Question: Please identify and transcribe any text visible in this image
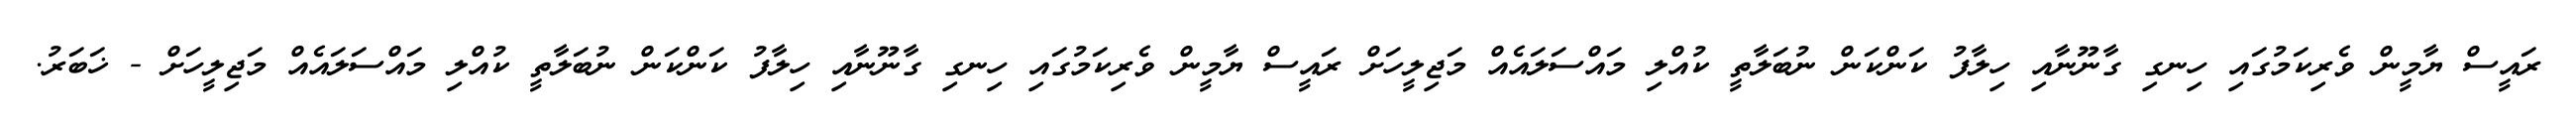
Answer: ރައީސް ޔާމީން ވެރިކަމުގައި ހިނގި ގާނޫނާއި ހިލާފު ކަންކަން ނުބަލާތީ ކުއްލި މައްސަލައެއް މަޖިލީހަށް ރައީސް ޔާމީން ވެރިކަމުގައި ހިނގި ގާނޫނާއި ހިލާފު ކަންކަން ނުބަލާތީ ކުއްލި މައްސަލައެއް މަޖިލީހަށް - ޚަބަރު.